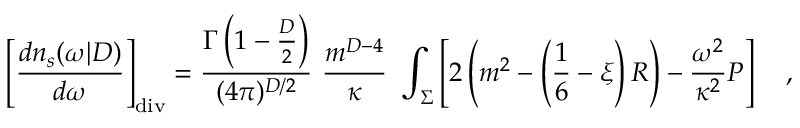
\left[ { \frac { d n _ { s } ( \omega | D ) } { d \omega } } \right] _ { \tiny \mathrm { d i v } } = { \frac { \Gamma \left( 1 - \frac D 2 \right) } { ( 4 \pi ) ^ { D / 2 } } } \, \, { \frac { m ^ { D - 4 } } { \kappa } } \, \, \int _ { \Sigma } \left[ 2 \left( m ^ { 2 } - \left( \frac 1 6 - \xi \right) R \right) - { \frac { \omega ^ { 2 } } { \kappa ^ { 2 } } } { \cal P } \right] ~ ~ ~ ,